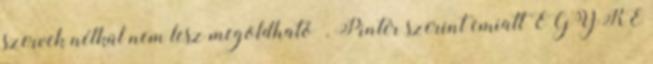
szervek nélkül nem lesz megoldható”. Pintér szerint emiatt EGYRE